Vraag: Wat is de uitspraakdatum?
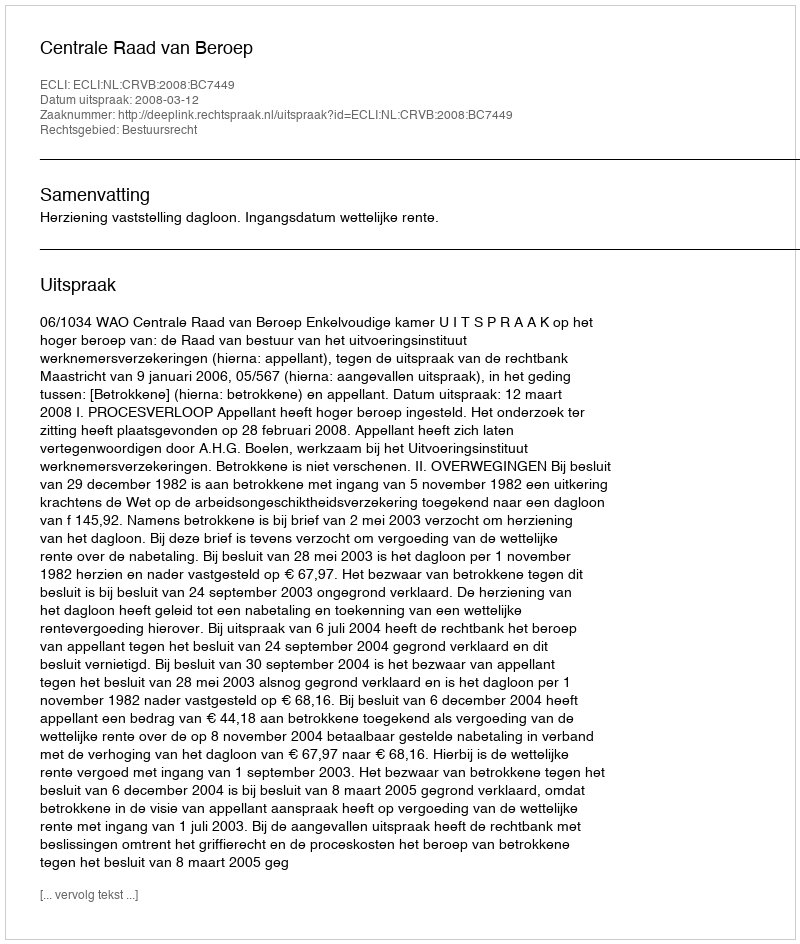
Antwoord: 2008-03-12